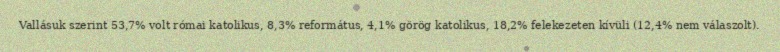
Vallásuk szerint 53,7% volt római katolikus, 8,3% református, 4,1% görög katolikus, 18,2% felekezeten kívüli (12,4% nem válaszolt).